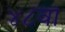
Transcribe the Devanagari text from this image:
४८वा